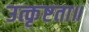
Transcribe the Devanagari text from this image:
उत्कृष्टता॥